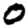
Digit: 0